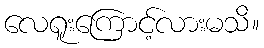
လေရူးကြောင့်လားမသိ။